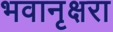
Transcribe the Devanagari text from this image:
भवानृक्षरा